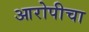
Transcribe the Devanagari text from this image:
आरोपीचा